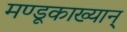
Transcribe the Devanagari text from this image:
मण्डूकाख्यान्